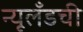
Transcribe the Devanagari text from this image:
न्यूलँडची